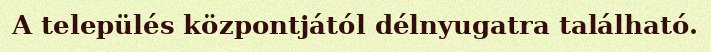
A település központjától délnyugatra található.